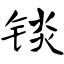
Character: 锬